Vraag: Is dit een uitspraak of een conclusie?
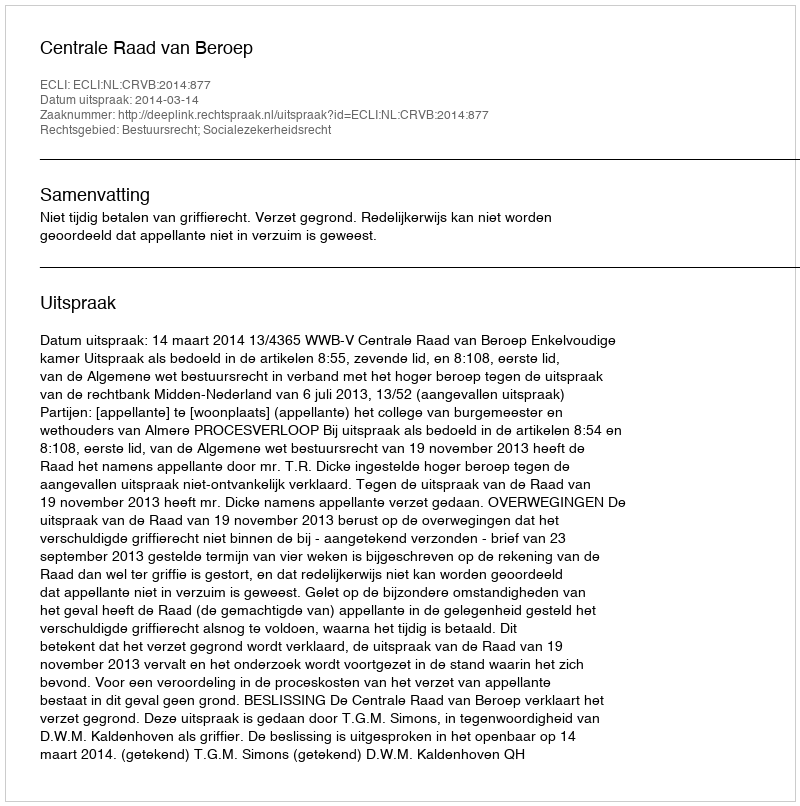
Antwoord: Uitspraak